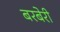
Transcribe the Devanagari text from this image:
बरबेरी